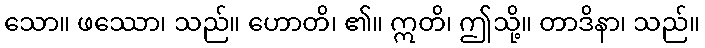
သော။ ဖဿော၊ သည်။ ဟောတိ၊ ၏။ ဣတိ၊ ဤသို့။ တာဒိနာ၊ သည်။